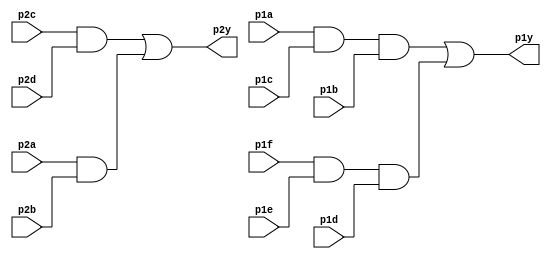
module top_module ( 
    input p1a, p1b, p1c, p1d, p1e, p1f,
    output p1y,
    input p2a, p2b, p2c, p2d,
    output p2y );
    wire wire1, wire2, wire3, wire4;
    assign wire1 = p2a & p2b;
    assign wire2 = p2c & p2d;
    assign wire3 = p1a & p1c & p1b;
    assign wire4 = p1f & p1e & p1d;
    assign p1y = wire3 | wire4;
    assign p2y = wire2 | wire1;
endmodule